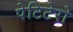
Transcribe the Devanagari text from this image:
पेटिटेरो